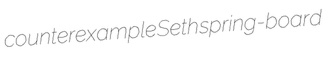
counterexample Seth spring-board